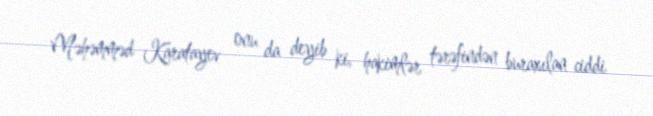
Məhəmməd Karatayev onu da deyib ki, hakimlər tərəfindən buraxılan ciddi